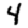
Digit: 4